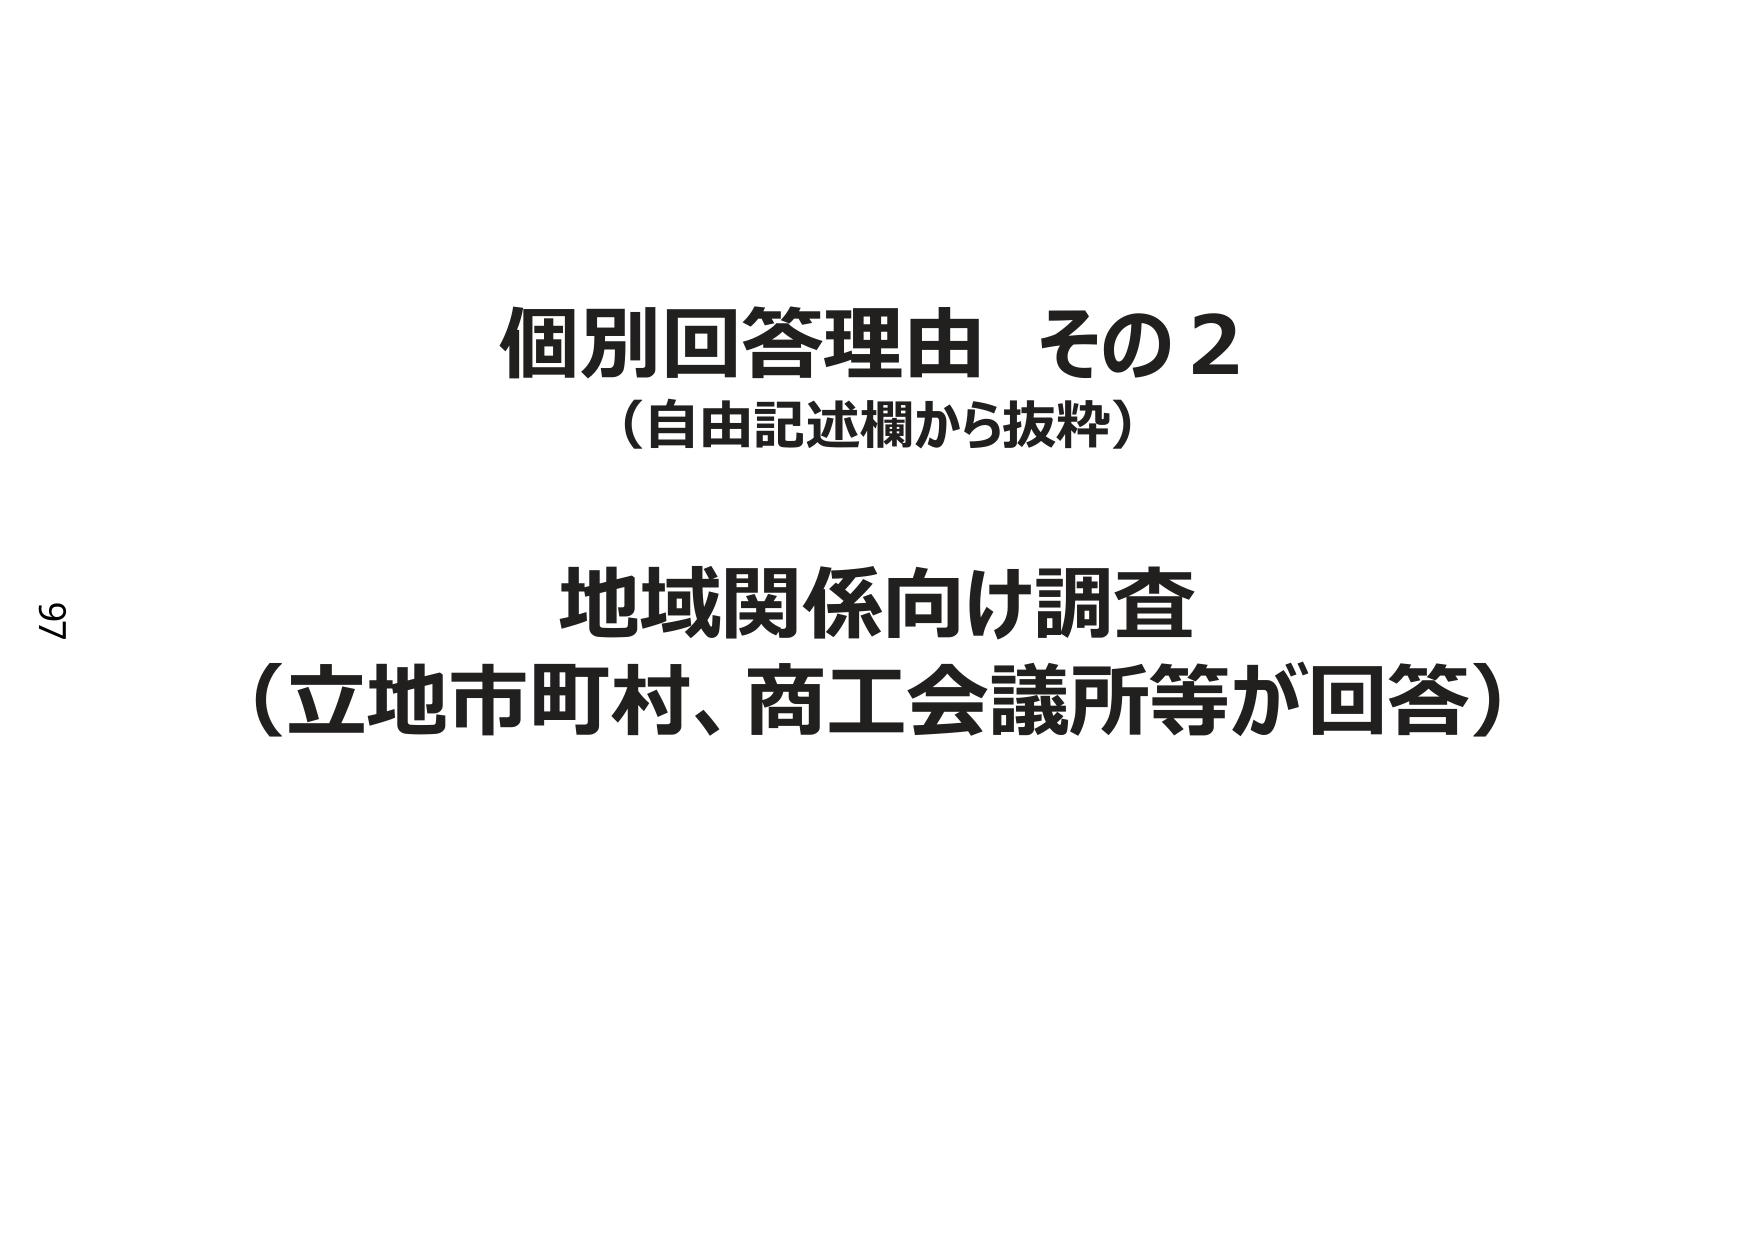
個別回答理由 その2
（自由記述欄から抜粋）

地域関係向け調査
（立地市町村、商工会議所等が回答）

97